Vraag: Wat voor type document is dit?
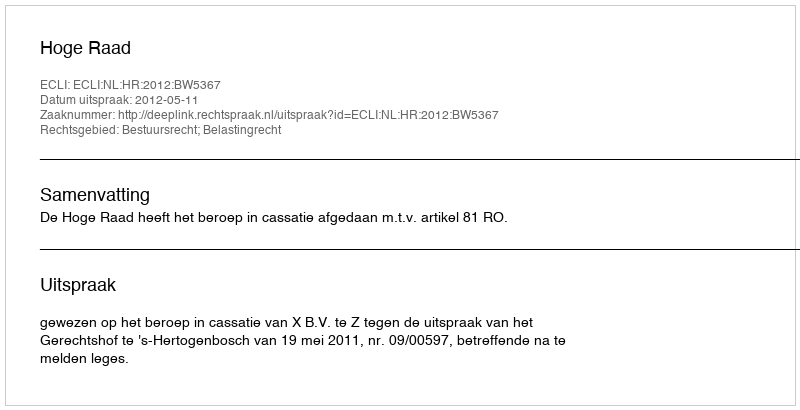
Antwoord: Uitspraak